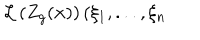
LaTeX: \mathcal { L } \left( Z _ { g } ( \mathbf { x } ) \right) ( \xi _ { 1 } , . . . , \xi _ { n }